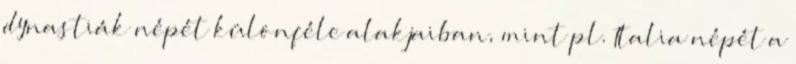
dynastiák népét különféle alakjaiban, mint pl. Italia népét a